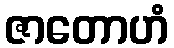
ဇာတောဟံ